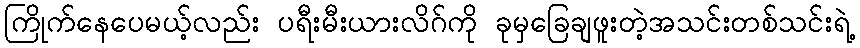
ကြိုက်နေပေမယ့်လည်း ပရီးမီးယားလိဂ်ကို ခုမှခြေချဖူးတဲ့အသင်းတစ်သင်းရဲ့